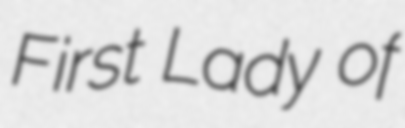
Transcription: First Lady of